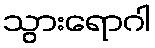
သွားရောဂါ